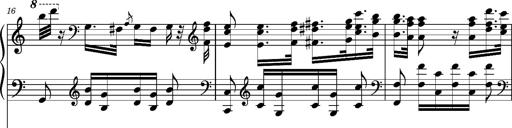
Title: Ungarischer Romanzero
Composer: Franz Liszt